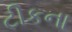
ટીકના